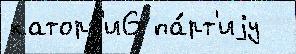
каторг'и6 па́рт'иjу